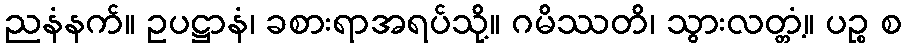
ညနံနက်။ ဥပဋ္ဌာနံ၊ ခစားရာအရပ်သို့။ ဂမိဿတိ၊ သွားလတ္တံ့။ ပဉ္စ စ